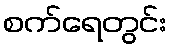
စက်ရေတွင်း